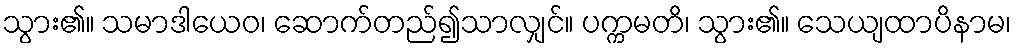
သွား၏။ သမာဒါယေဝ၊ ဆောက်တည်၍သာလျှင်။ ပက္ကမတိ၊ သွား၏။ သေယျထာပိနာမ၊